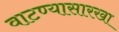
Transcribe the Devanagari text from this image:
वाटण्यासारखा